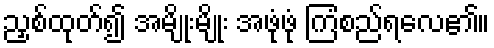
ညှစ်ထုတ်၍ အမျိုးမျိုး အဖုံဖုံ ကြံစည်ရလေ၏။